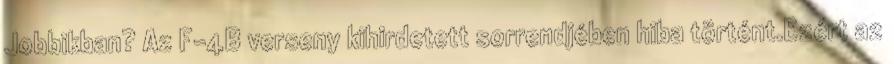
Jobbikban? Az F-4B verseny kihirdetett sorrendjében hiba történt.Ezért az